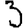
Digit: 3